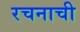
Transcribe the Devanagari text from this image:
रचनाची